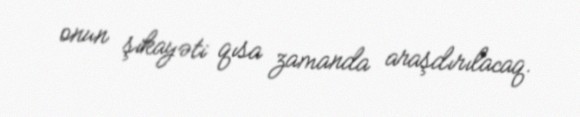
onun şikayəti qısa zamanda araşdırılacaq.